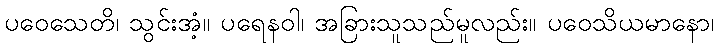
ပဝေသေတိ၊ သွင်းအံ့။ ပရေနဝါ၊ အခြားသူသည်မူလည်း။ ပဝေသိယမာနော၊